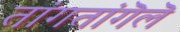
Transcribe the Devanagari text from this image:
तांगतांगॆलॆ